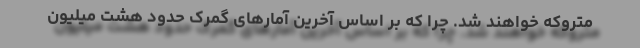
متروکه خواهند شد. چرا که بر اساس آخرین آمارهای گمرک حدود هشت میلیون